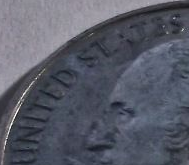
UNITED STATES